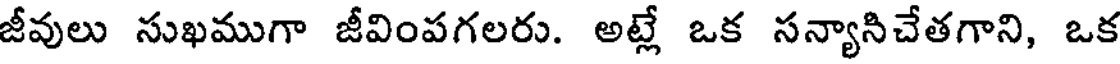
జీవులు సుఖముగా జీవింపగలరు. అట్లే ఒక సన్యానిచేతగాని, ఒక